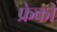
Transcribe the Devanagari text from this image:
फ्रेको